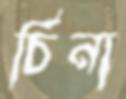
চিনা